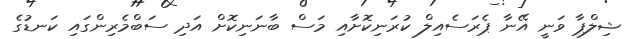
ޝިލްޕާ ވަނީ އޭނާ ޕެރަސެއިލް ކުރަނިކޮށާއި މަސް ބާނަނިކޮށް އަދި ސަބްމެރިންގައި ކަނޑުގެ